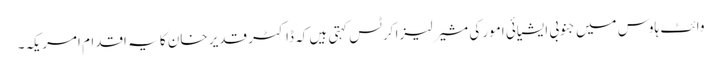
وائٹ ہاوس میں جنوبی ایشیائی امور کی مشیر لیزا کرٹس کہتی ہیں کہ ڈاکٹر قدیر خان کا یہ اقدام امریکہ۔